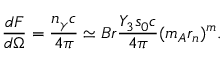
\frac { d { \cal F } } { d \Omega } = \frac { n _ { \gamma } c } { 4 \pi } \simeq B r \frac { Y _ { 3 } s _ { 0 } c } { 4 \pi } ( m _ { A } r _ { n } ) ^ { m } .